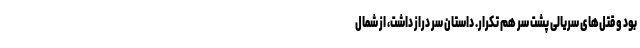
بود و قتل‌های سریالی پشت سر هم تکرار. داستان سر دراز داشت، از شمال